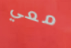
معي